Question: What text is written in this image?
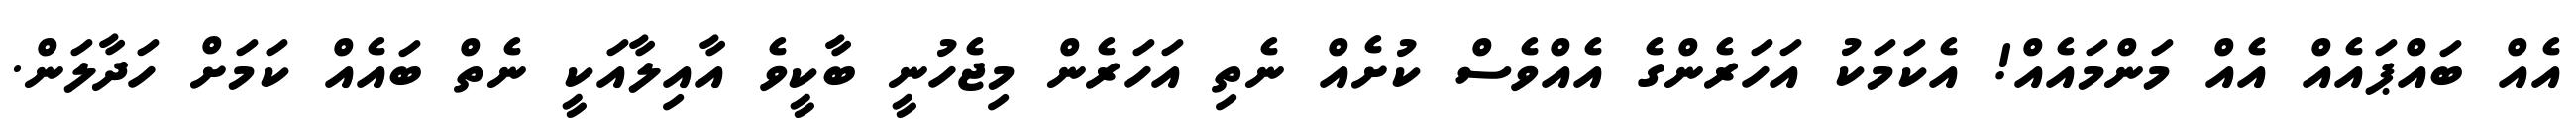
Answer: އެއް ބައްޕައެއް އެއް މަންމައެއް! އެކަމަކު އަހަރެންގެ އެއްވެސް ކުށެއް ނެތި އަހަރެން މިޖެހުނީ ބާކީވެ އާއިލާއަކީ ނެތް ބައެއް ކަމަށް ހަދާލަން.